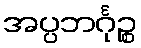
အပ္ပဘင်္ဂုဉ္စ